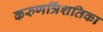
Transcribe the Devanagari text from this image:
करुणत्रिंशतिका